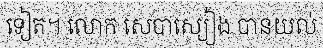
ទៀត។ លោក សេបាស្យៀង បានយល់